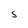
Character: S